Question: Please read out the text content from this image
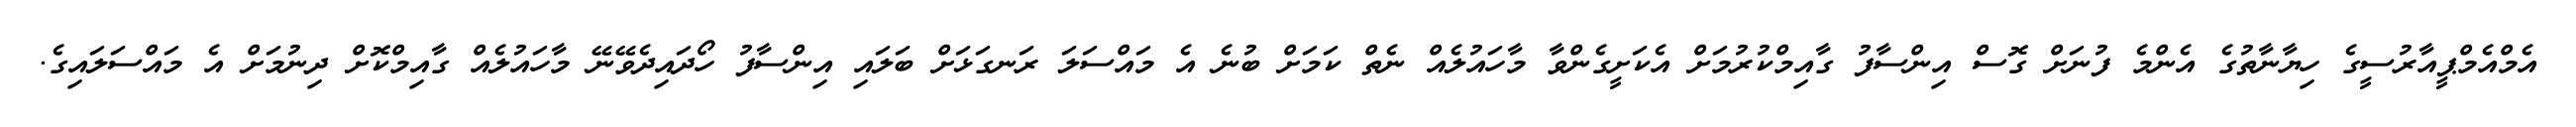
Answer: އެމްއެމްޕީއާރުސީގެ ހިޔާނާތުގެ އެންމެ ފުނަށް ގޮސް އިންސާފު ގާއިމްކުރުމަށް އެކަށީގެންވާ މާހައުލެއް ނެތް ކަމަށް ބުނެ އެ މައްސަލަ ރަނގަޅަށް ބަލައި އިންސާފު ހޯދައިދެވޭނޭ މާހައުލެއް ގާއިމްކޮށް ދިނުމަށް އެ މައްސަލައިގެ.